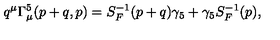
q ^ { \mu } \Gamma _ { \mu } ^ { 5 } ( p + q , p ) = S _ { F } ^ { - 1 } ( p + q ) \gamma _ { 5 } + \gamma _ { 5 } S _ { F } ^ { - 1 } ( p ) ,